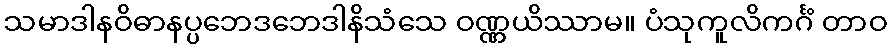
သမာဒါနဝိဓာနပ္ပဘေဒဘေဒါနိသံသေ ဝဏ္ဏယိဿာမ။ ပံသုကူလိကင်္ဂံ တာဝ